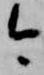
今